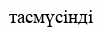
тасмүсінді